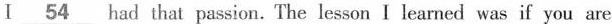
\underline{54}had that passion. The lesson I learned was if you are